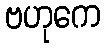
ဗဟုကေ